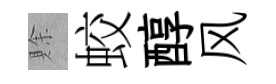
賖蛟醇风